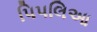
પિપલિઆ